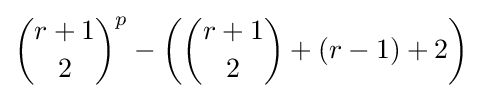
{r+1 \choose 2}^{p}-\left({r+1 \choose 2}+(r-1)+2\right)